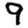
Digit: 9